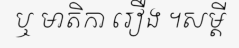
ឬ មាតិកា រឿង ។សម្តី